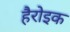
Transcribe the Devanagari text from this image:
हैरोइक